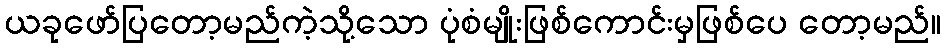
ယခုဖော်ပြတော့မည်ကဲ့သို့သော ပုံစံမျိုးဖြစ်ကောင်းမှဖြစ်ပေ တော့မည်။